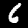
Label: 6